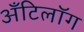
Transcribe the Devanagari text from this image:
अँटिलॉग